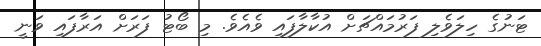
ޓަނުގެ ހިލަވެލި ފަރުމައްޗަށް އުކާލާފައި ވެއެވެ. މި ބޯޓު ފަރަށް އަރާފައި ވަނީ